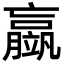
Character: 䇔